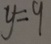
y = 9